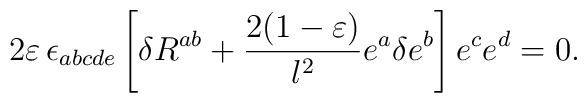
2 \varepsilon \, \epsilon_{abcde} \left[\delta R^{ab} +{2(1-\varepsilon)\over l^2} e^a \delta e^b\right] e^c e^d =0 .